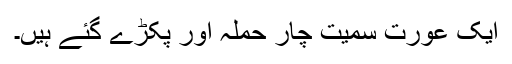
ایک عورت سمیت چار حملہ آور پکڑے گئے ہیں۔